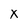
Character: X